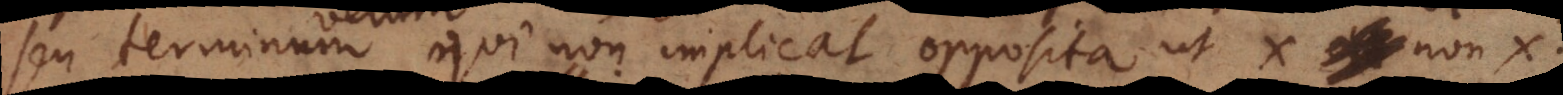
seu terminum qui non implicat opposita ut X non‐X.